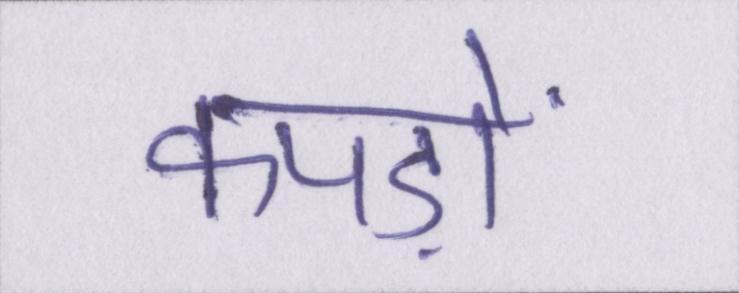
कपड़ों